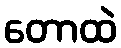
တောထဲ